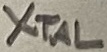
Text: XTAL